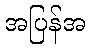
အပြန်အ